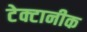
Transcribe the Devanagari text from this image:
टेक्टानीक